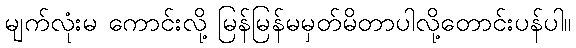
မျက်လုံးမ ကောင်းလို့ မြန်မြန်မမှတ်မိတာပါလို့တောင်းပန်ပါ။